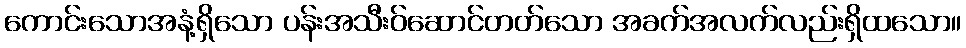
ကောင်းသောအနံ့ရှိသော ပန်းအသီးဝ်ဆောင်တတ်သော အခက်အလက်လည်းရှိထသော။